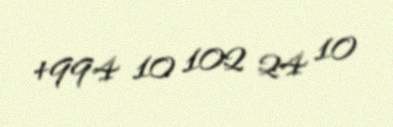
+994 10 102 24 10